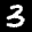
Label: 3